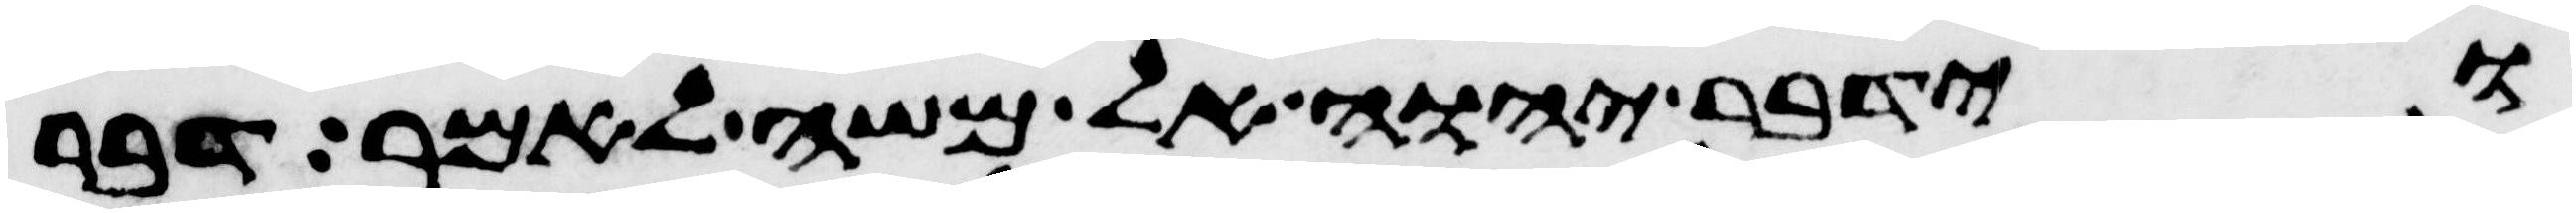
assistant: וידבר יהוה אל משה לאמר דבר